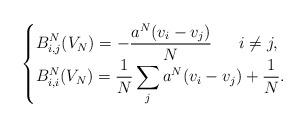
LaTeX: \begin{align*}\begin{cases}\displaystyle B_{i,j} ^N (V_N)=-\frac{a^N(v_i-v_j)}{N} \ \ \ \ \ i\neq j,\\\displaystyle B_{i,i} ^N (V_N)=\frac{1}{N}\sum_j a^N(v_i-v_j)+\frac{1}{N}.\end{cases}\end{align*}